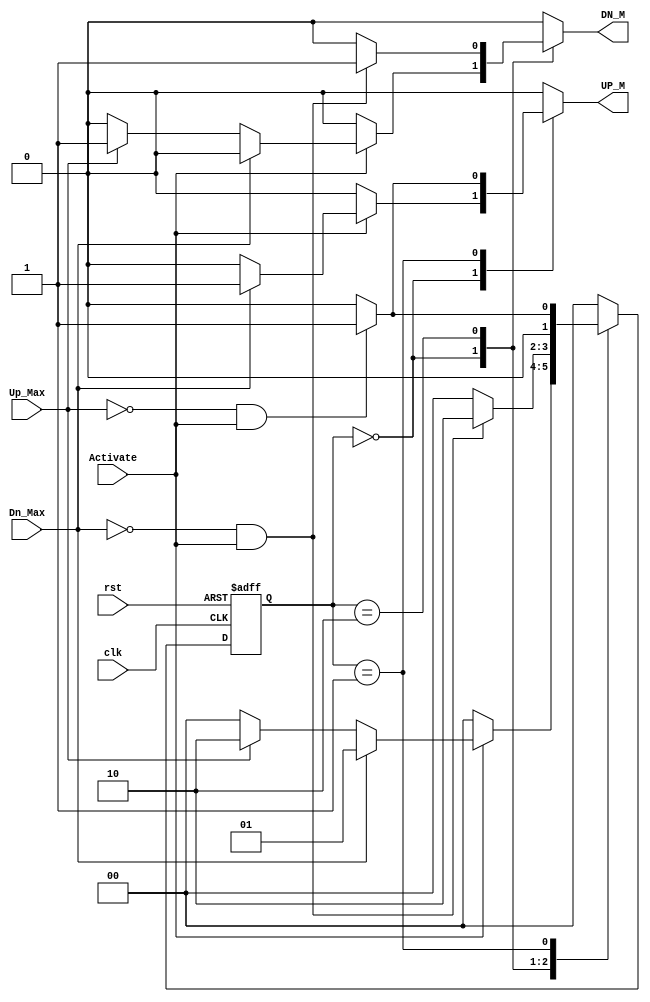
/********* FSM Module **********/
    module FSM (
                   input                           Activate         ,
                   input                           Up_Max           ,
                   input                           Dn_Max           ,
                   input                           clk              ,
                   input                           rst              ,
                   output           reg            UP_M             ,
                   output           reg            DN_M             
    );

    //states 
    localparam [1:0] IDLE               =          2'b00 ;
    localparam [1:0] Mv_Up              =          2'b01 ;
    localparam [1:0] Mv_Dn              =          2'b10 ;

    reg [1:0] current_state        ;            
    reg [1:0] next_state           ;

    always @(posedge clk,negedge rst ) begin
        if ((rst==1'b0)) begin
            current_state <= IDLE       ;
        end else begin
            current_state <= next_state ;
        end   
    end    
    always @(Activate or Up_Max or Dn_Max) begin
        case (current_state)
           IDLE :   begin
               if (Activate==1'b0) begin
                   next_state          = IDLE     ;
                   UP_M                = 1'b0     ;
                   DN_M                = 1'b0     ;
               end else if (Dn_Max==1'b1) begin
                   next_state          = Mv_Up    ;
                   UP_M                = 1'b1     ;
                   DN_M                = 1'b0     ;
               end else if (Up_Max==1'b1) begin
                   next_state          = Mv_Dn    ;
                   DN_M                = 1'b1     ;
                   UP_M                = 1'b0     ;
               end else begin
                   next_state          = IDLE     ;
                   UP_M                = 1'b0     ;
                   DN_M                = 1'b0     ;

               end 
               end
               
                   
               
           Mv_Dn :   begin
               if ((Dn_Max==1'b0) && (Activate==1'b1)) begin
                   next_state          = Mv_Dn    ;
                   DN_M                = 1'b1     ;
                   UP_M                = 1'b0     ;
               end 
               else begin
                   next_state          = IDLE     ;
                   UP_M                = 1'b0     ;
                   DN_M                = 1'b0     ;
                   
               end
               end  
           Mv_Up :   begin
               if ((Up_Max==1'b0) && (Activate==1'b1)) begin
                   next_state          = Mv_Up    ;
                   UP_M                = 1'b1     ;
                   DN_M                = 1'b0     ;
               end else begin
                   next_state          = IDLE     ;
                   UP_M                = 1'b0     ;
                   DN_M                = 1'b0     ;
               end
               end     
            
            default: begin
                next_state             = IDLE     ;
                UP_M                   = 1'b0     ;
                DN_M                   = 1'b0     ;
            end
        endcase
    end        
    endmodule